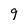
Character: 9